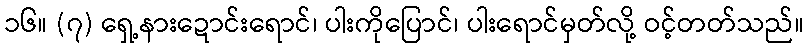
၁၆။ (၇) ရှေ့နားဍောင်းရောင်၊ ပါးကိုပြောင်၊ ပါးရောင်မှတ်လို့ ဝင့်တတ်သည်။